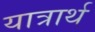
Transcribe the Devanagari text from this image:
यात्रार्थ